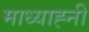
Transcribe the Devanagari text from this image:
माध्याह्नी